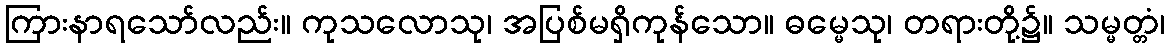
ကြားနာရသော်လည်း။ ကုသလောသု၊ အပြစ်မရှိကုန်သော။ ဓမ္မေသု၊ တရားတို့၌။ သမ္မတ္တံ၊